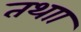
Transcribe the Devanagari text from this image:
तथाा